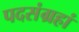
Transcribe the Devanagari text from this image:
पदसंग्रहां